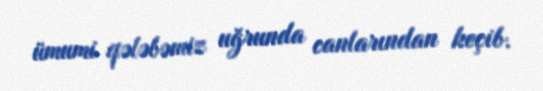
ümumi qələbəmiz uğrunda canlarından keçib.